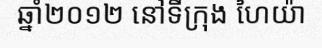
ឆ្នាំ២០១២ នៅទីក្រុង ហៃយ៉ា